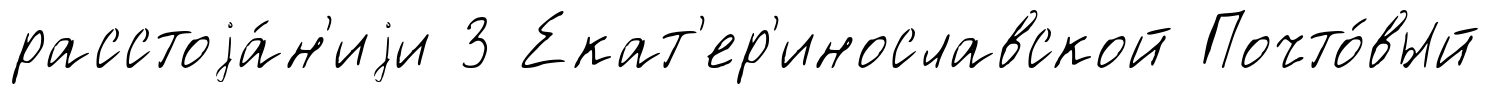
расстоjа́н'иjи 3 Екат'ер'инославской Почто́вый